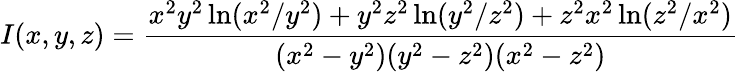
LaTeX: I(x,y,z)=\frac{x^{2}y^{2}\ln(x^{2}/y^{2})+y^{2}z^{2}\ln(y^{2}/z^{2})+z^{2}x^{2}\ln(z^{2}/x^{2})}{(x^{2}-y^{2})(y^{2}-z^{2})(x^{2}-z^{2})}